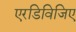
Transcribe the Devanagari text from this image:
एरडिविजिए